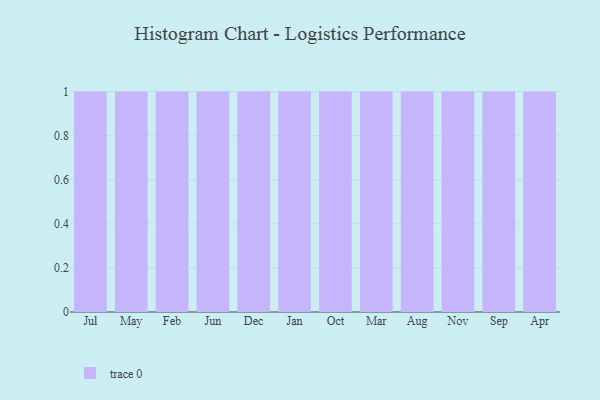
{"axis": {"x": "Month", "y": "Backlog"}, "legend": [""], "data": [{"x": "Jul", "y": 72, "type": ""}, {"x": "May", "y": 42, "type": ""}, {"x": "Feb", "y": 16, "type": ""}, {"x": "Jun", "y": 38, "type": ""}, {"x": "Dec", "y": 64, "type": ""}, {"x": "Jan", "y": 17, "type": ""}, {"x": "Oct", "y": 25, "type": ""}, {"x": "Mar", "y": 79, "type": ""}, {"x": "Aug", "y": 54, "type": ""}, {"x": "Nov", "y": 24, "type": ""}, {"x": "Sep", "y": 68, "type": ""}, {"x": "Apr", "y": 1, "type": ""}]}